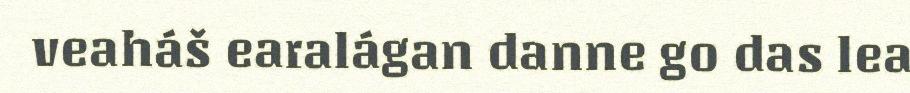
veaháš earalágan danne go das lea